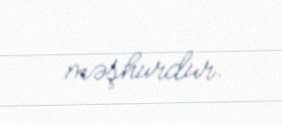
məşhurdur.